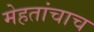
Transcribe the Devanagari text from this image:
मेहतांचाच